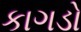
કાગડો